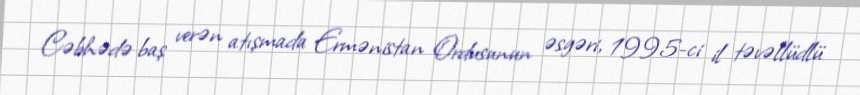
Cəbhədə baş verən atışmada Ermənistan Ordusunun əsgəri, 1995-ci il təvəllüdlü